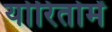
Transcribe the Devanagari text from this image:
योरितोमें